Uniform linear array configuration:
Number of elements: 8
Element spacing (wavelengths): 0.5
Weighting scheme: binomial
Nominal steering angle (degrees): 60
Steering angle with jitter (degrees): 58.864
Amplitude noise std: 0.05
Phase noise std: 0.05

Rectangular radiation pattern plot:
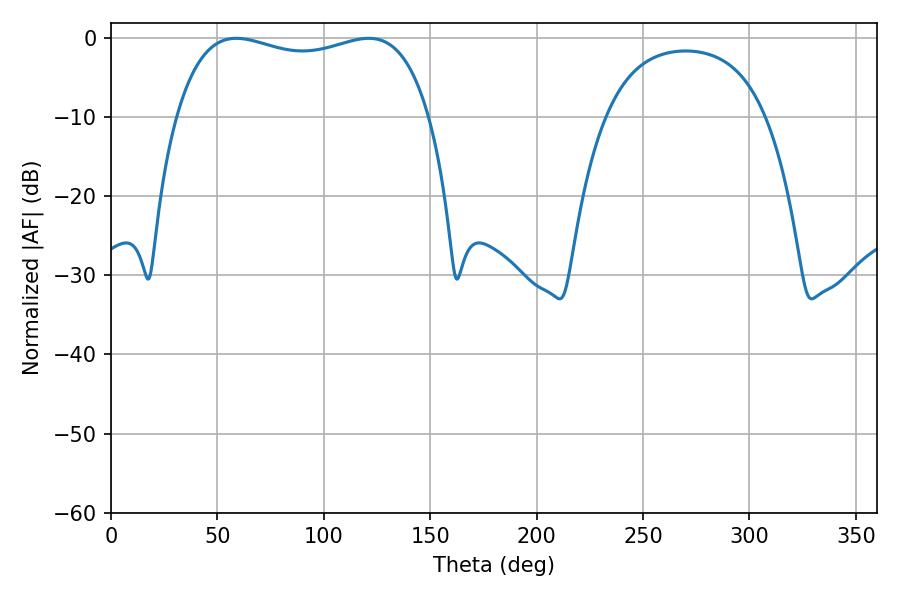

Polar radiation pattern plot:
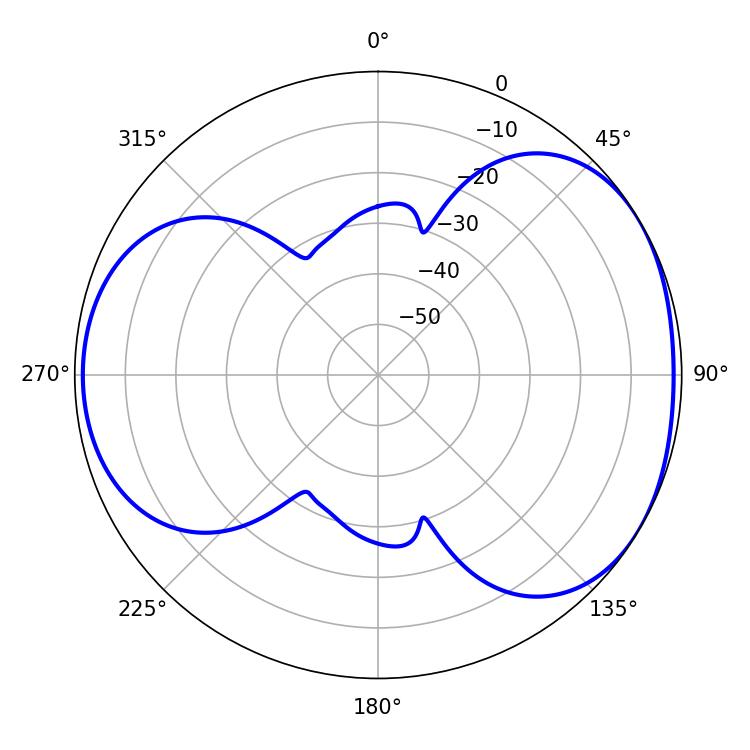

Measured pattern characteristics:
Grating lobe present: FALSE
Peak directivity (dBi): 4.41
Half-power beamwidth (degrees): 97.2
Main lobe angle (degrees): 58.86